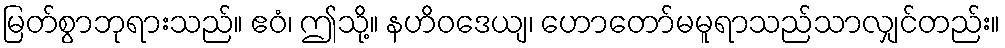
မြတ်စွာဘုရားသည်။ ဧဝံ၊ ဤသို့။ နဟိဝဒေယျ၊ ဟောတော်မမူရာသည်သာလျှင်တည်း။